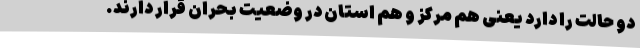
دو حالت را دارد یعنی هم مرکز و هم استان در وضعیت بحران قرار دارند.